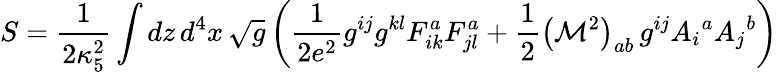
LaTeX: S=\frac{1}{2\kappa_{5}^{2}}\int dz\, d^{4}x\, \sqrt{g}\left(\frac{1}{2e^{2}}g^{ij}g^{kl}F_{ik}^{a}F_{jl}^{a}+\frac{1}{2}\left({\cal M}^{2}\right)_{ab}\, g^{ij}A_{i}{}^{a}A_{j}{}^{b}\right)